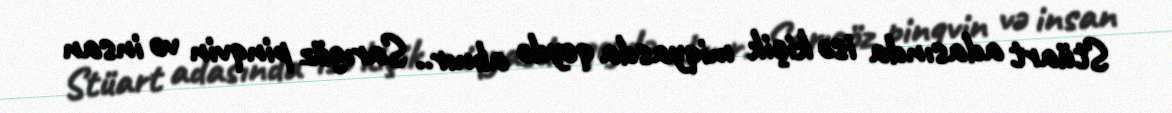
Stüart adasında isə kiçik miqyasda qeydə alınır.. Sarıgöz pinqvin və insan